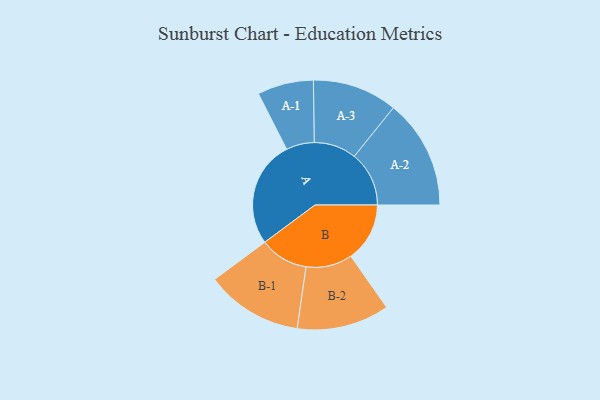
{"axis": {"x": "Segment", "y": "Value"}, "legend": ["", "A", "B"], "data": [{"x": "A", "y": 440, "type": ""}, {"x": "B", "y": 243, "type": ""}, {"x": "A-1", "y": 116, "type": "A"}, {"x": "A-2", "y": 226, "type": "A"}, {"x": "A-3", "y": 175, "type": "A"}, {"x": "B-1", "y": 200, "type": "B"}, {"x": "B-2", "y": 191, "type": "B"}]}